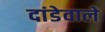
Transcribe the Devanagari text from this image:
दांडेवाले